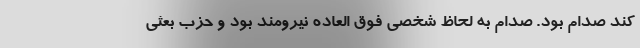
کند صدام بود. صدام به لحاظ شخصی فوق العاده نیرومند بود و حزب بعثی